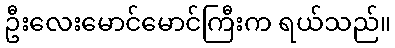
ဦးလေးမောင်မောင်ကြီးက ရယ်သည်။